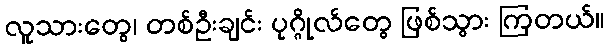
လူသားတွေ၊ တစ်ဦးချင်း ပုဂ္ဂိုလ်တွေ ဖြစ်သွား ကြတယ်။